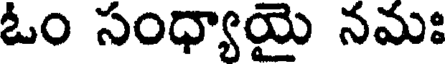
ఓం సంధ్యాయై నమః